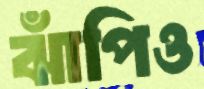
ঝাঁপিও